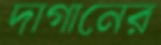
দাগানের